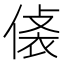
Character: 𧙾